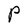
Character: O